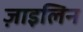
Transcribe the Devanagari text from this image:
ज़ाइलिन